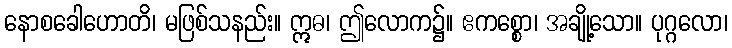
နောစခေါဟောတိ၊ မဖြစ်သနည်း။ ဣဓ၊ ဤလောက၌။ ဧကစ္စော၊ အချို့သော။ ပုဂ္ဂလော၊